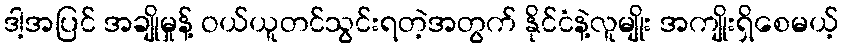
ဒါ့အပြင် အချိုမှုန့် ဝယ်ယူတင်သွင်းရတဲ့အတွက် နိုင်ငံနဲ့လူမျိုး အကျိုးရှိစေမယ့်